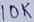
Text: 10K